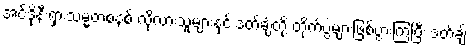
အင်ဒိုနီးရှားသမ္မတစနစ် လိုလားသူများနှင့် ဒတ်ချ်တို့ တိုက်ပွဲများဖြစ်ပွားကြပြီး ဒတ်ချ်